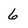
Character: 6